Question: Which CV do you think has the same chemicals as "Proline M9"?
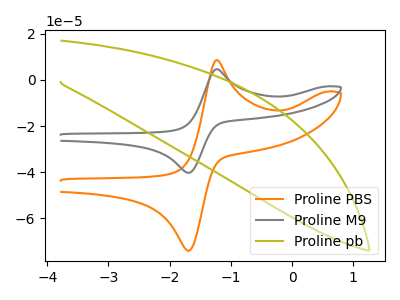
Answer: <think>The orange curve "Proline PBS" has an anodic peak at (-1.25V, 8.65uA) and a cathodic peak at (-1.70V, -74.10uA). The gray curve "Proline M9" has an anodic peak at (-1.25V, 4.70uA) and a cathodic peak at (-1.70V, -40.30uA). The olive curve "Proline pb" has no peaks.
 All the peaks in "Proline PBS" have a peak in "Proline M9" at the same potential. Every peak in "Proline PBS" is higher than every peak in "Proline M9". "Proline PBS" and "Proline pb" have a different number of peaks. "Proline M9" and "Proline pb" have a different number of peaks.</think>
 <answer>The CV with the most similar shape to "Proline PBS" is "Proline M9".</answer>
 <eval>"Proline M9"</eval>